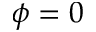
\phi = 0